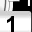
Digit: 1